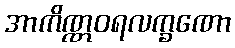
အာကိဏ္ဏဝရလက္ခဏော